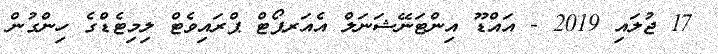
17 ޖުލައި 2019 - އައްޑޫ އިންޓަނޭޝަނަލް އެއަރޕޯޓް ޕްރައިވެޓް ލިމިޓެޑްގެ ހިންގުން